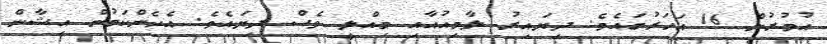
އުމުރުން 16 އަހަރުގައެވެ. ދިޔައިރު ލާމިއުއާއި މިއްލީ ވެސް ދިޔައެވެ. އެހެންކަމުން އިޝާން